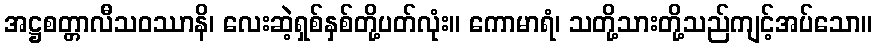
အဋ္ဌစတ္တာလီသဝဿာနိ၊ လေးဆဲ့ရှစ်နှစ်တို့ပတ်လုံး။ ကောမာရံ၊ သတို့သားတို့သည်ကျင့်အပ်သော။